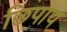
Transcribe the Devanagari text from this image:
छिपाय